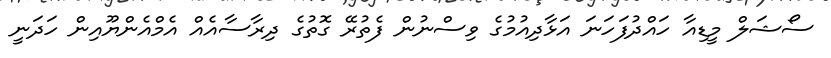
ސޯޝަލް މީޑިއާ ހައްދުފަހަނަ އަޅާދިއުމުގެ ވިސްނުން ފެތުރޭ ގޮތުގެ ދިރާސާއެއް އެމްއެންޔޫއިން ހަދަނީ